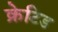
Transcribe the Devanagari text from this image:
क्रेटिड